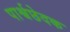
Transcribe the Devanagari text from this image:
पार्श्वछेदक